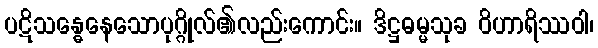
ပဋိသန္ဓေနေသောပုဂ္ဂိုလ်၏လည်းကောင်း။ ဒိဋ္ဌဓမ္မသုခ ဝိဟာရိဿဝါ၊